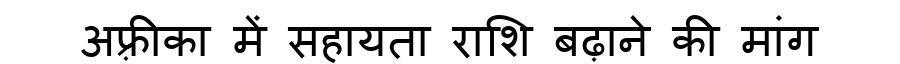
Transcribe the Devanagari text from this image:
अफ़्रीका में सहायता राशि बढ़ाने की मांग